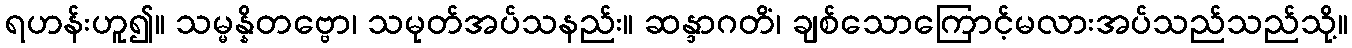
ရဟန်းဟူ၍။ သမ္မန္နိတဗ္ဗော၊ သမုတ်အပ်သနည်း။ ဆန္ဒာဂတိံ၊ ချစ်သောကြောင့်မလားအပ်သည်သည်သို့။